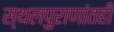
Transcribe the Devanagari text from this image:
स्थलपुराणांतही